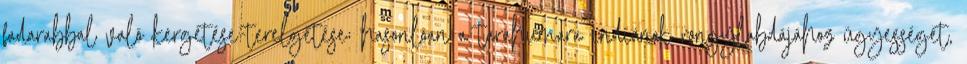
fadarabbal való kergetése-terelgetése; hasonlóan a tarahumara indiánok rongylabdájához ügyességet,